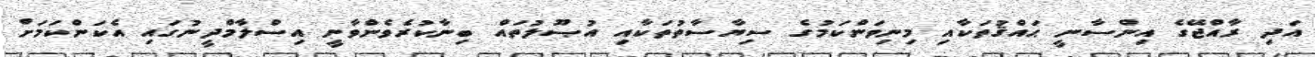
އަދި ރާއްޖޭގެ އިންސާނީ ޙައްޤުތަކާއި މިނިވަންކަމުގެ ސިޔާސާތުތަކާއި އުޞޫލުތައް ބިނާކުރެވެންވާނީ އިސްލާމްދީނުގައި އެކަންކަމަށް